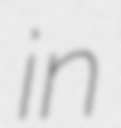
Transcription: in